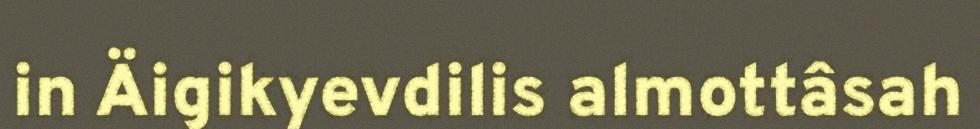
in Äigikyevdilis almottâsah